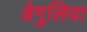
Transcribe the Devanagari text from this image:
डेगुलिया